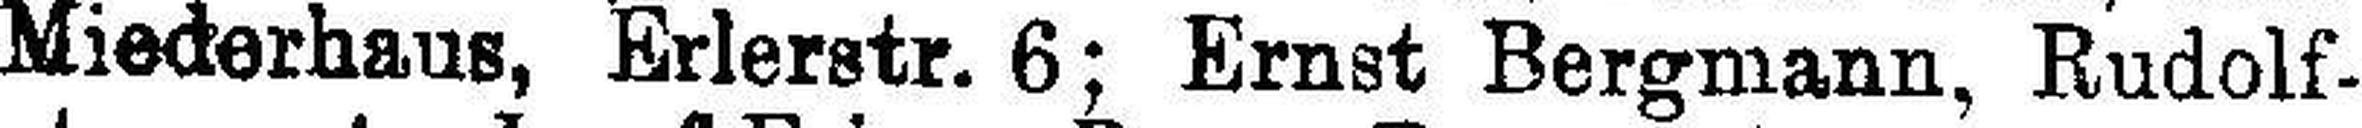
Miederhaus, Erlerstr. 6; Ernst Bergmann, Rudolf¬